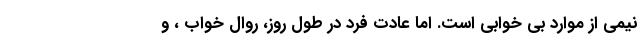
نیمی از موارد بی خوابی است. اما عادت فرد در طول روز، روال خواب ، و